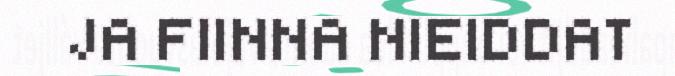
JA FIINNA NIEIDDAT